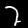
Digit: 2